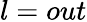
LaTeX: l=out